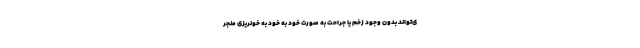
ی‌تواند بدون وجود زخم یا جراحت به صورت خود به خود به خونریزی منجر